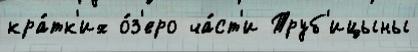
кра́тк'их о́з'еро ча́ст'и Труб'ицыны